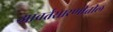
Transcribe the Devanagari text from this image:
आवर्तसारणीतील